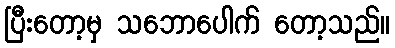
ပြီးတော့မှ သဘောပေါက် တော့သည်။